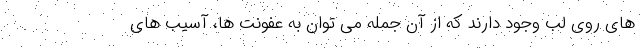
های روی لب وجود دارند که از آن جمله می توان به عفونت ها، آسیب های